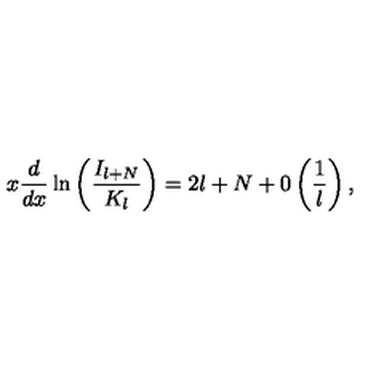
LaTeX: x \displaystyle \frac { d } { d x } \ln \left( \displaystyle \frac { I _ { l + N } } { K _ { l } } \right) = 2 l + N + 0 \left( \displaystyle \frac { 1 } { l } \right) ,